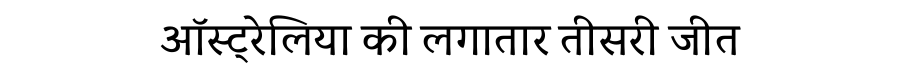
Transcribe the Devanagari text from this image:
ऑस्ट्रेलिया की लगातार तीसरी जीत